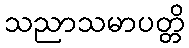
သညာသမာပတ္တိ